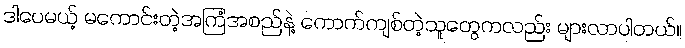
ဒါပေမယ့် မကောင်းတဲ့အကြံအစည်နဲ့ ကောက်ကျစ်တဲ့သူတွေကလည်း များလာပါတယ်။